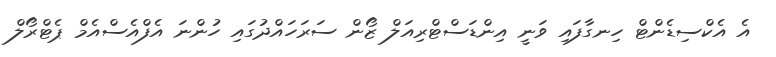
އެ އެކްސިޑެންޓް ހިނގާފައި ވަނީ އިންޑަސްޓްރިއަލް ޒޯން ސަރަހައްދުގައި ހުންނަ އެފްއެސްއެމް ޕެޓްރޯލް